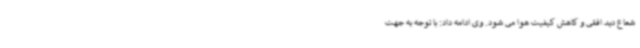
شعاع دید افقی و کاهش کیفیت هوا می شود. وی ادامه داد: با توجه به جهت